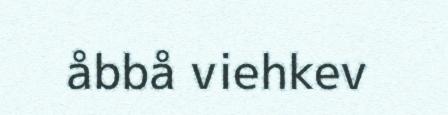
åbbå viehkev